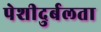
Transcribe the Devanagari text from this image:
पेशीदुर्बलता